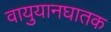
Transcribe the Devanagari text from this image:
वायुयानघातक